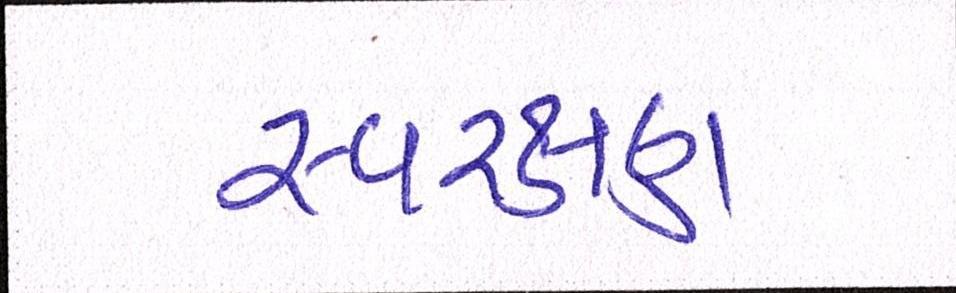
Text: સ્વરક્ષણ